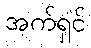
အက်ရှင်